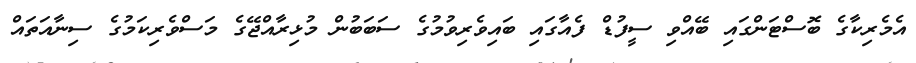
އެމެރިކާގެ ބޮސްޓަންގައި ބޭއްވި ސީފުޑް ފެއާގައި ބައިވެރިވުމުގެ ސަބަބުން މުޅިރާއްޖޭގެ މަސްވެރިކަމުގެ ސިނާއަތައް